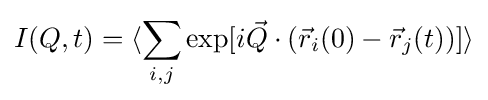
I(Q,t)=\langle \sum _{i,j}\exp[i{\vec {Q}}\cdot ({\vec {r}}_{i}(0)-{\vec {r}}_{j}(t))]\rangle